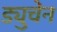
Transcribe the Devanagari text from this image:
ड्युचेन